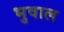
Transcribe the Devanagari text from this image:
भुवाल